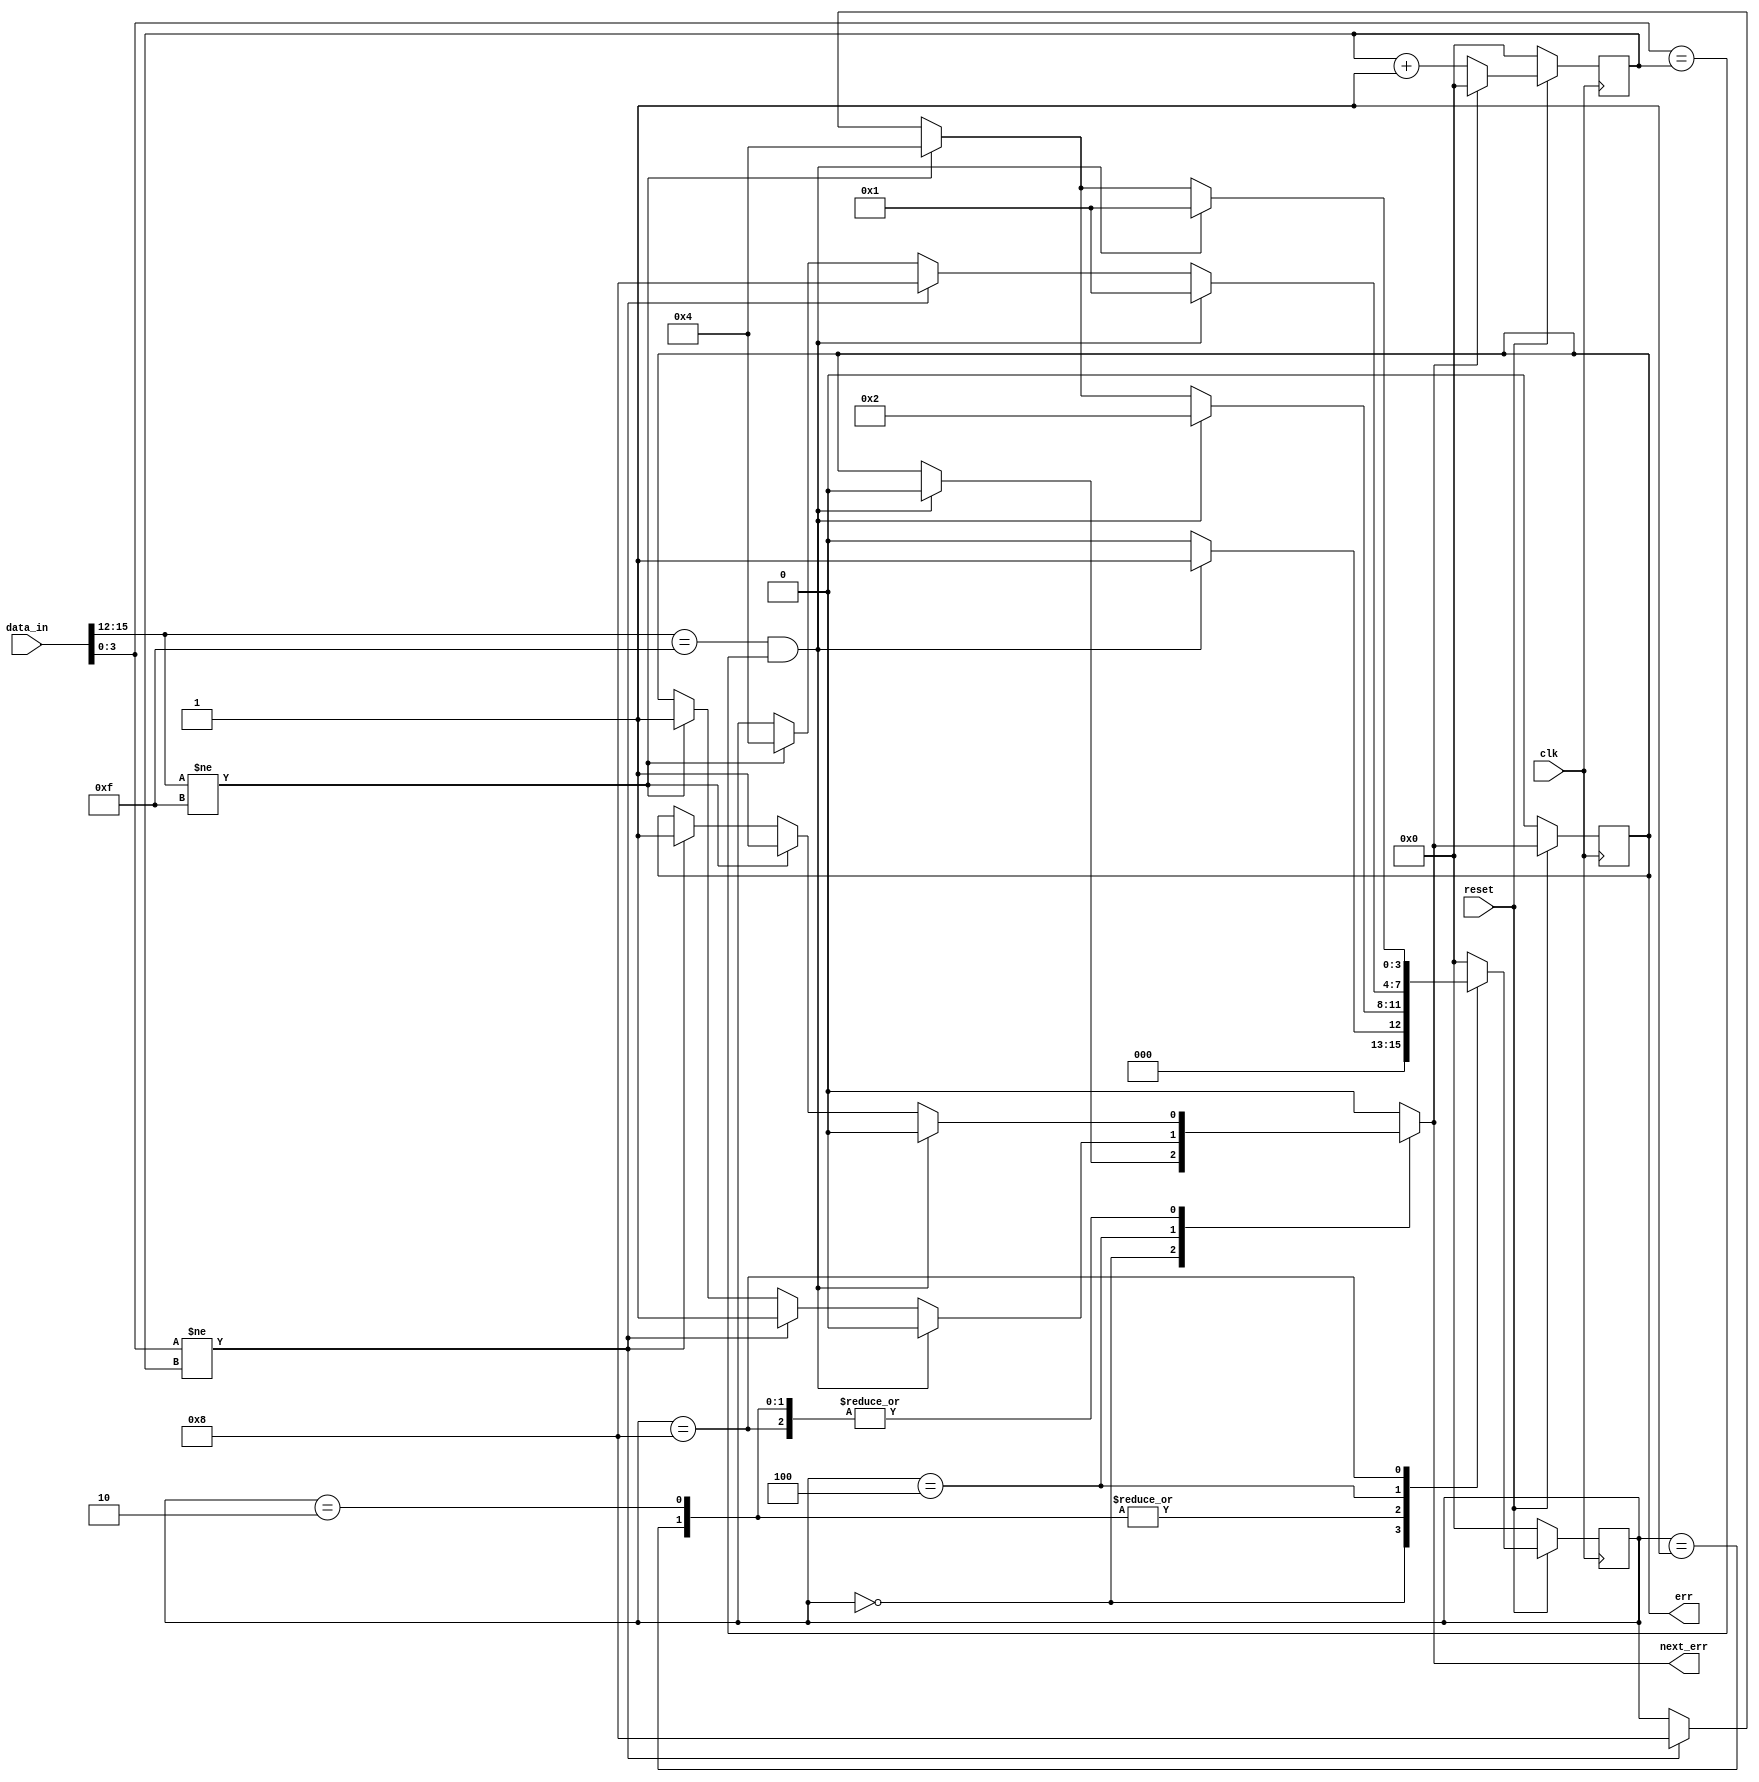
module Maquina_Estados(
    input clk,
	input reset,
	input [BUS_SIZE-1:0] data_in,
    output reg err,
    output reg next_err
    );
    //Definicion de parametros
    parameter BUS_SIZE  = 16;
    parameter WORD_SIZE = 4;

    reg [3:0] state , next_state;
    reg [WORD_SIZE-1:0] counter;

    //ONE HOT
    parameter RESET     = 4'b0000; 
    parameter FIRST_PKG = 4'b0001; 
    parameter REG_PKG   = 4'b0010; 
    parameter F_ERR     = 4'b0100; 
    parameter SEQ_ERR   = 4'b1000;

    always @(posedge clk) begin
        if (reset == 0) begin
            state <= RESET;
            err <= 0;
            counter <= 0;
        end else if (reset == 1) begin
            state <= next_state;
            err <= next_err;

            if (next_err == 1)begin
                counter <= 0;
            end else begin
                counter <= counter + 1;
            end
        end
    end 


    always @(*) begin
        next_err = err;
        next_state = state;
        //Inicia los cases
        case (state)
            RESET: begin
                if ((data_in[BUS_SIZE-1:BUS_SIZE-WORD_SIZE] == 'hF) && (data_in[WORD_SIZE-1:0] == counter))begin
                    next_state = FIRST_PKG;
                    next_err = 0;
                end else begin
                    next_state = RESET;
                end
            end

            FIRST_PKG: begin
                if ((data_in[BUS_SIZE-1:BUS_SIZE-WORD_SIZE] == 'hF) && (data_in[WORD_SIZE-1:0] == counter))begin
                    next_state = REG_PKG;
                    next_err = 0;
                end else if (data_in[BUS_SIZE-1:BUS_SIZE-WORD_SIZE] != 'hF) begin
                    next_state = F_ERR;
                    next_err = 1;
                end else if (data_in[WORD_SIZE-1:0] != counter)begin
                    next_state = SEQ_ERR;
                    next_err = 1;
                end
            end

            REG_PKG: begin
                if ((data_in[BUS_SIZE-1:BUS_SIZE-WORD_SIZE] == 'hF) && (data_in[WORD_SIZE-1:0] == counter)) begin
                    next_state = REG_PKG;
                    next_err = 0;
                end else if (data_in[BUS_SIZE-1:BUS_SIZE-WORD_SIZE] != 'hF) begin
                    next_state = F_ERR;
                    next_err = 1;
                end else if (data_in[WORD_SIZE-1:0] != counter)begin
                    next_state = SEQ_ERR;
                    next_err = 1;
                end
            end

            F_ERR: begin
                if ((data_in[BUS_SIZE-1:BUS_SIZE-WORD_SIZE] == 'hF) && (data_in[WORD_SIZE-1:0] == counter))begin
                    next_state = FIRST_PKG;
                    next_err = 0;
                end else if (data_in[WORD_SIZE-1:0] != counter)begin
                    next_state = SEQ_ERR;
                    next_err = 1;
                end else if (data_in[BUS_SIZE-1:BUS_SIZE-WORD_SIZE] != 'hF) begin
                    next_state = F_ERR;
                    next_err = 1;
                end
            end

            SEQ_ERR: begin
                if ((data_in[BUS_SIZE-1:BUS_SIZE-WORD_SIZE] == 'hF) && (data_in[WORD_SIZE-1:0] == counter))begin
                    next_state = FIRST_PKG;
                    next_err = 0;
                end else if (data_in[BUS_SIZE-1:BUS_SIZE-WORD_SIZE] != 'hF) begin
                    next_state = F_ERR;
                    next_err = 1;
                end else if (data_in[WORD_SIZE-1:0] != counter)begin
                    next_state = SEQ_ERR;
                    next_err = 1;
                end
            end

            default: begin
                next_state = RESET;
                next_err = 0;
            end
        endcase    
    end
endmodule